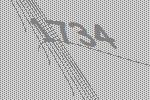
1734